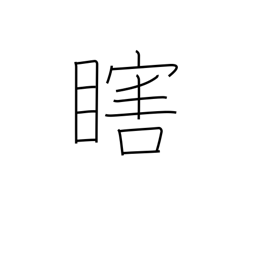
Meaning: one eye